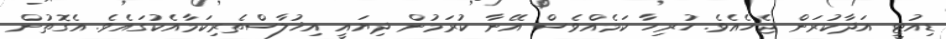
ޑިއުޓީ އަދާކުރަން ޖެހެއެވެ. ހުރިހާ ކަމެއްވެސް އޭނާ ކުރަމުން ދިޔައީ އިޚުލާސްތެރިކަމާއެކުގައެވެ. އެގޮތުން